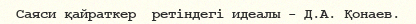
Саяси қайраткер  ретіндегі идеалы - Д.А. Қонаев.